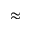
\approx